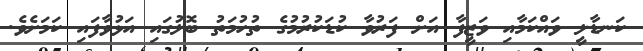
ކަނޑާލީ ވައްކަމާއި ވަޒީފާ އަށް ފަރުވާ ކުޑަކުރުމުގެ ތުހުމަތު ބޮލުގައި އަޅުވާފައި ކަމަށެވެ.